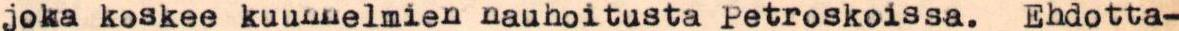
joka koskee kuunnelmien nauhoitusta Petroskoissa. Ehdotta-